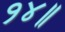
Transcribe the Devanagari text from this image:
१४॥